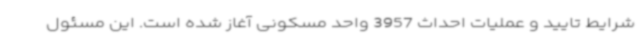
شرایط تایید و عملیات احداث 3957 واحد مسکونی آغاز شده است. این مسئول